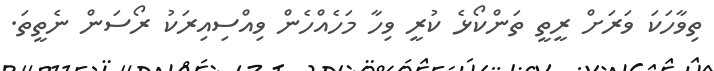
ތިވާހަކަ ވަރަށް ރީތީ ތަންކޯޅެ ކުރީ ވިހާ މަހެއްހެން ވިއްސިއިރަކު ރޯސަން ނެތީތަ.